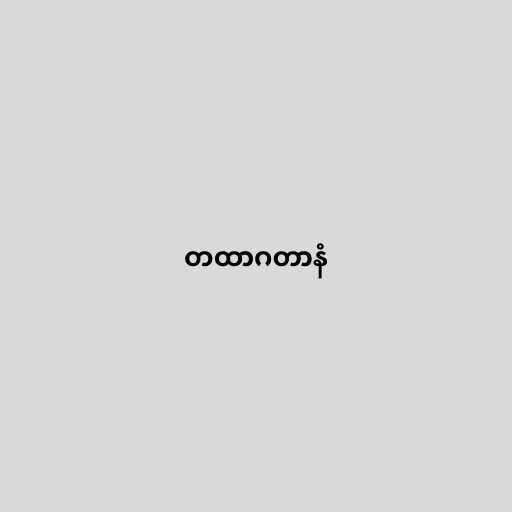
တထာဂတာနံ